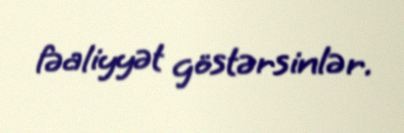
fəaliyyət göstərsinlər.